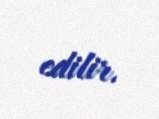
edilir.